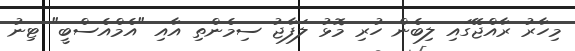
މިހާރު ރާއްޖޭގައި ލިބެން ހުރި މޮޅު ލަފާޖު ސިމެންތި އާއި "އެމްއެސްބީ" ޓިނު